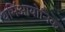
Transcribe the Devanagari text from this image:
थर्मिआयोनिक